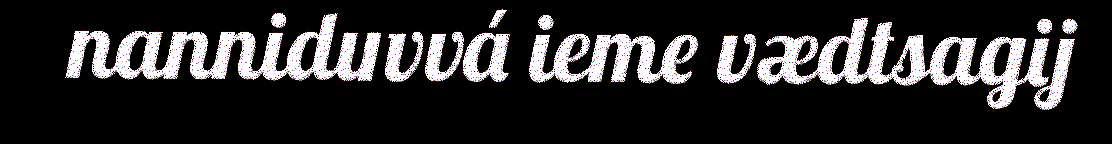
nanniduvvá ieme vædtsagij